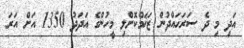
އަދި މި ދެ ސަރަހައްދުން ޒަޚަމްކޮށްލި މީހުންގެ އަދަދު 1350 އަށް އަރަ